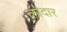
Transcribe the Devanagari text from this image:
लोदार